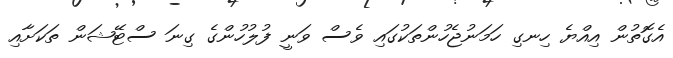
އެގޮތުން އިއްޔެ ހިނގި ހަމަނުޖެހުންތަކުގައި ވެސް ވަނީ ފުލުހުންގެ ގިނަ ސްޓޭޝަން ތަކަށާއި